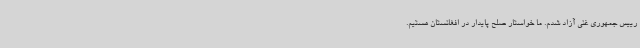
رییس جمهوری غنی آزاد شدم. ما خواستار صلح پایدار در افغانستان هستیم.